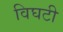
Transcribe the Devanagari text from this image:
विघटी